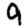
Digit: 9